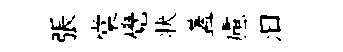
張棠覺状蓋慮汩